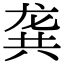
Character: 龚